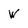
Character: W